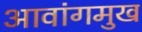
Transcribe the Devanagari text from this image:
आवांगमुख